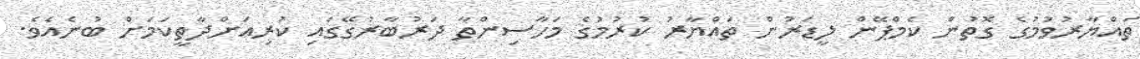
ތައްޔާރުވުމުގެ ގޮތުން ކެމްޕޭން ލީޑަރުން ތައްޔާރު ކުރުމުގެ މަހާސިންތާ ދަރުބާރުގޭގައި ކުރިއަށްދާތީކަމަށް ބުނެއެވެ.